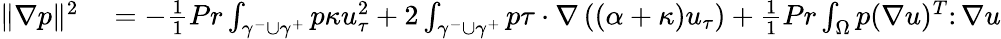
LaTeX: \begin{array}{rl}{\| \nabla p\| ^{2}}&{{}=-\frac{1}{1}{{Pr}}\int_{\gamma^{-}\cup\gamma^{+}}p\kappa u_{\tau}^{2}+2\int_{\gamma^{-}\cup\gamma^{+}}p\tau\cdot\nabla\left((\alpha+\kappa)u_{\tau}\right)+\frac{1}{1}{{Pr}}\int_{\Omega}p(\nabla u)^{T}\colon\nabla u}\end{array}